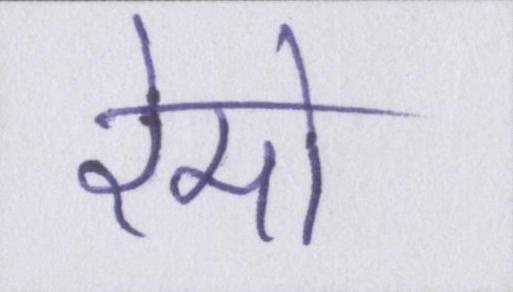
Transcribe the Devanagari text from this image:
रेमो